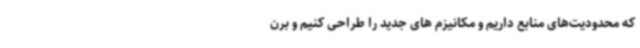
که محدودیت‌های منابع داریم و مکانیزم های جدید را طراحی کنیم و برن